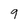
Character: 9